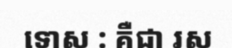
ទោស : គឺជា រស